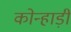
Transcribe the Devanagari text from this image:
कोन्हाड़ी